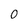
Character: 0